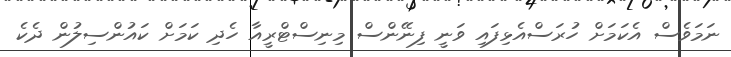
ނަމަވެސް އެކަމަށް ހުރަސްއެޅިފައި ވަނީ ފިނޭންސް މިނިސްޓްރީއާ ހެދި ކަމަށް ކައުންސިލުން ދެކެ